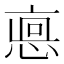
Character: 𢜖